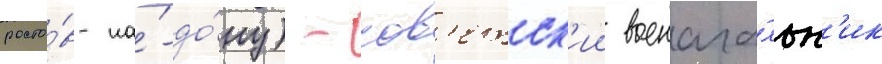
росто́в-на́-до́ну) - сов'етск'ии военача́льн'ик